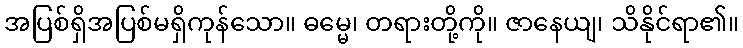
အပြစ်ရှိအပြစ်မရှိကုန်သော။ ဓမ္မေ၊ တရားတို့ကို။ ဇာနေယျ၊ သိနိုင်ရာ၏။